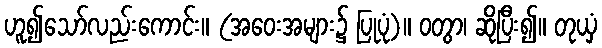
ဟူ၍သော်လည်းကောင်း။ (အဝေးအများ၌ ပြုပုံ)။ ဝတွာ၊ ဆိုပြီး၍။ တုယှံ